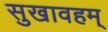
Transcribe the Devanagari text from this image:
सुखावहम्